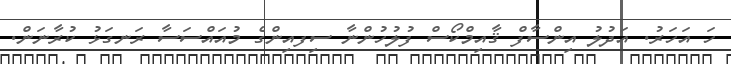
ހަ އަހަރު. އަދުލު އިންސާފް ޤާއިމްކޯސް ފުލުހުންނާ ސިފއިންގެ މުއައްސަސާ ރަނގަޅު ކުރާނަން.